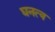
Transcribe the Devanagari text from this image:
घनत्‍व